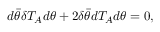
d \bar { \theta } \delta T _ { A } d \theta + 2 \delta \bar { \theta } d T _ { A } d \theta = 0 ,